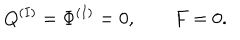
Q ^ { ( I ) } = \Phi ^ { ( I ) } = 0 , \qquad F = 0 .